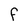
Character: F